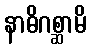
နာဓိဂစ္ဆာမိ